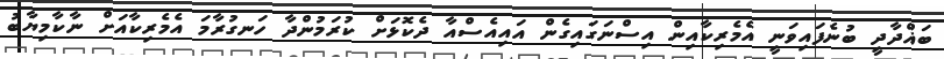
ބަޣްދާދީ ބުނެފައިވަނީ އެމެރިކާއިން އިސްނަގައިގެން އައިއެސްއާ ދެކޮޅަށް ކުރަމުންދާ ހަނގުރާމަ އެމެރިކާއަށް ނާކާމިޔާބު